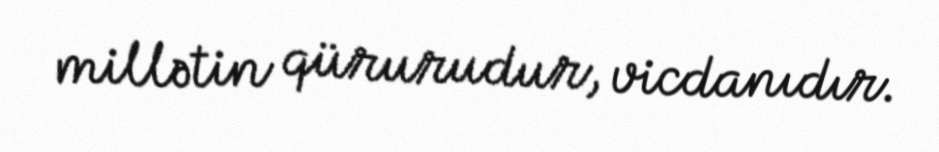
millətin qürurudur, vicdanıdır.